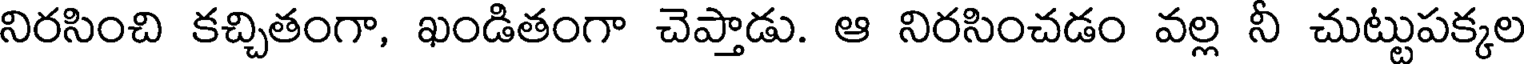
నిరసించి కచ్చితంగా, ఖండితంగా చెప్తాడు. ఆ నిరసించడం వల్ల నీ చుట్టుపక్కల